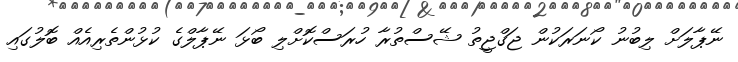
ނޭޕާލަށް ލިބުނު ކޯނަރަކުން ޖަގްޖީތު ޝޭސްތުރާ ހުރަސްކޮށްލި ބޯޅަ ނޭޕާލްގެ ކުޅުންތެރިއެއް ބޮލުގައި